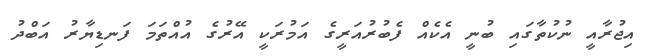
އިޖުރާއީ ނުކުތާގައި ބުނީ އެކެއް ފެބުރުއަރީގެ އަމުރަކީ އޭރުގެ އުއްތަމަ ފަނޑިޔާރު އަބްދު